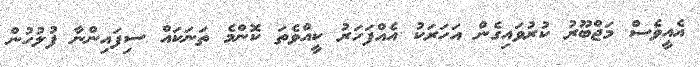
އެއީވެސް މަޖްބޫރު ކުރުވައިގެން އަހަރަކު އެއްފަހަރު ކީއްވެތަ ކޮންމެ ތަނަކައް ސިފައިންނާ ފުލުހުން